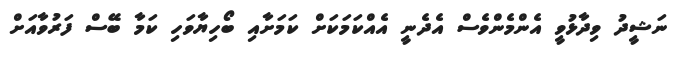
ނަޝީދު ވިދާޅުވީ އެންމެންވެސް އެދެނީ އެއްކަމަކަށް ކަމަށާއި ބޯހިޔާވަހި ކަމާ ބޭސް ފަރުވާއަށް